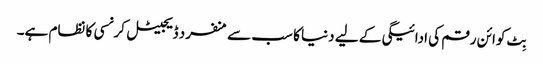
بِٹ کوائن رقم کی ادائیگی کے لیے دنیا کا سب سے منفرد ڈیجیٹل کرنسی کا نظام ہے۔